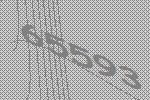
65593